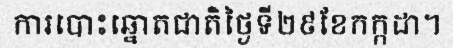
ការបោះឆ្នោតជាតិថ្ងៃទី២៩ខែកក្កដា។